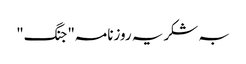
بہ شکریہ روزنامہ"جنگ"